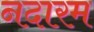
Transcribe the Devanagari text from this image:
नदारम